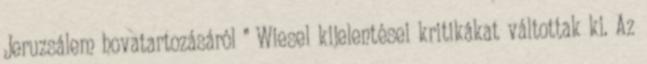
Jeruzsálem hovatartozásáról ” Wiesel kijelentései kritikákat váltottak ki. Az